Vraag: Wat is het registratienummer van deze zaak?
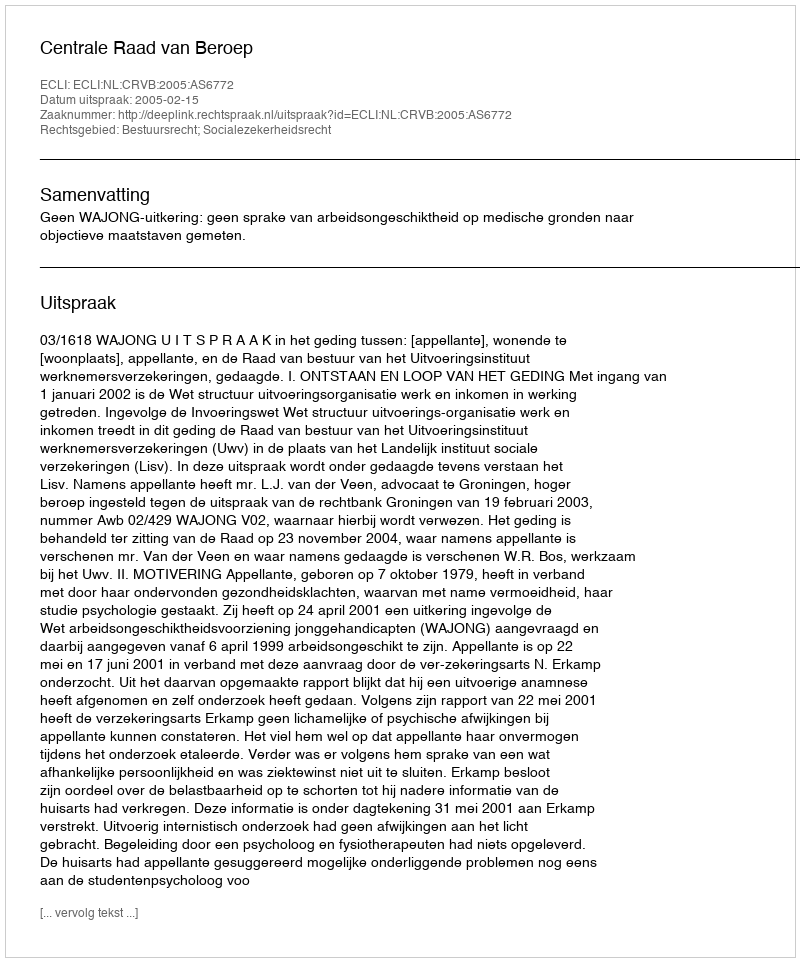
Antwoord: http://deeplink.rechtspraak.nl/uitspraak?id=ECLI:NL:CRVB:2005:AS6772